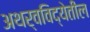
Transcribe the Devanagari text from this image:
अथर्वविद्येतील